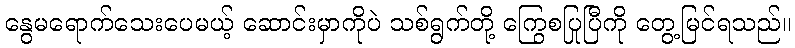
နွေမရောက်သေးပေမယ့် ဆောင်းမှာကိုပဲ သစ်ရွက်တို့ ကြွေစပြုပြီကို တွေ့မြင်ရသည်။